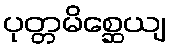
ပုတ္တမိစ္ဆေယျ